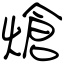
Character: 熗